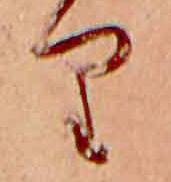
り